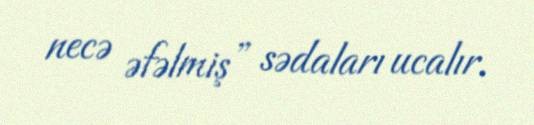
necə əfəlmiş” sədaları ucalır.